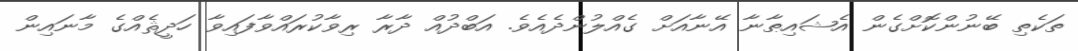
ތަކެތި ބޭނުންކޮށްގެން އެޝައިޠާނާ އޭނާއަށް ގެއްލުންދެއެވެ. އަބްދުއް ދާރާ ރިވާކުރައްވާފައިވާ ހަދީޘެއްގެ މާނައިން